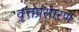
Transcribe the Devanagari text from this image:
वृत्तप्रसारण